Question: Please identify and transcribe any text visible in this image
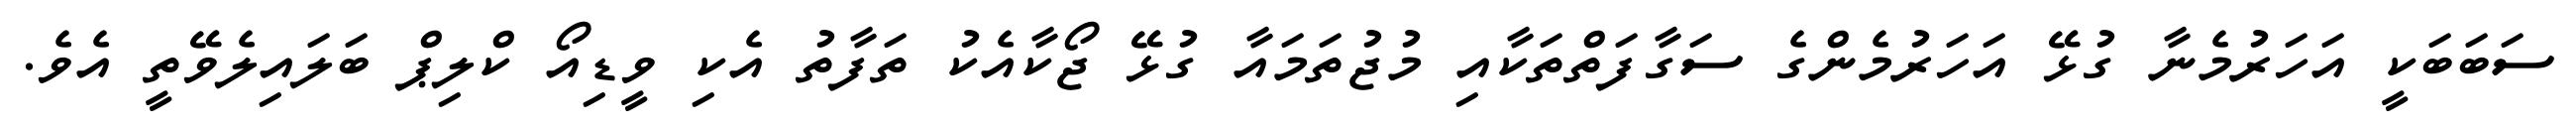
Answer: ސަބަބަކީ އަހަރުމެނާ ގުޅޭ އަހަރުމެންގެ ސަގާފަތްތަކާއި މުޖުތަމައާ ގުޅޭ ޖޯކާއެކު ތަފާތު އެކި ވީޑިއޯ ކްލިޕް ބަލައިލެވޭތީ އެވެ.